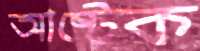
আষ্টেক